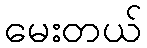
မေးတယ်